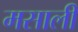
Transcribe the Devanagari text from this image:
मसाली